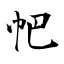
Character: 帊